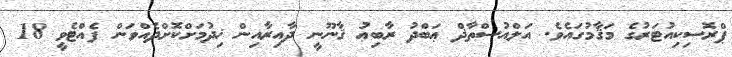
ޕްރޮސިކިއުޓަރުގެ މަޤާމުގައެވެ. އަލްއުސްތާޛް ޢަބްދު ރާބިޢު ޤާނޫނީ ދާއިރާއިން ޚިދުމަށްކޮށްދެއްވަން ފެއްޓެވީ 18